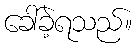
ခေါ်ခဲ့ရသည်။